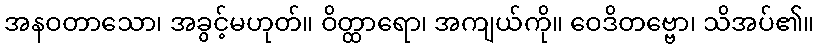
အနဝတာသော၊ အခွင့်မဟုတ်။ ဝိတ္ထာရော၊ အကျယ်ကို။ ဝေဒိတဗ္ဗော၊ သိအပ်၏။